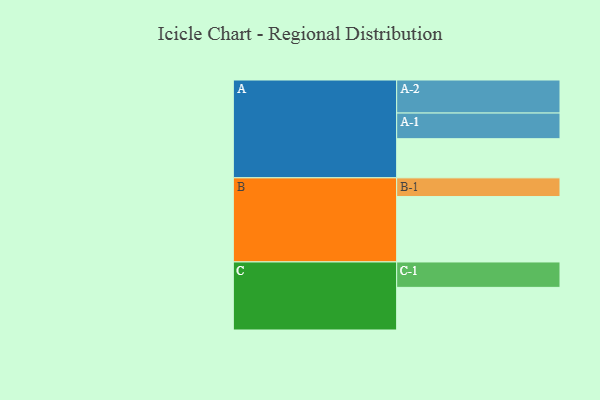
{"axis": {"x": "Segment", "y": "Value"}, "legend": ["", "A", "B", "C"], "data": [{"x": "A", "y": 339, "type": ""}, {"x": "B", "y": 566, "type": ""}, {"x": "C", "y": 369, "type": ""}, {"x": "A-1", "y": 222, "type": "A"}, {"x": "A-2", "y": 286, "type": "A"}, {"x": "B-1", "y": 162, "type": "B"}, {"x": "C-1", "y": 220, "type": "C"}]}